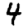
Digit: 4